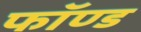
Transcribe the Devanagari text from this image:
फॉण्ड